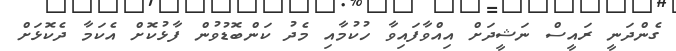
ގެންދަނީ ރައީސް ނަޝީދަށް އިއްވާފައިވާ ހުކުމާއި މެދު ކަންބޮޑުވުން ފާޅުކޮށް އެކަމާ ދެކޮޅަށް